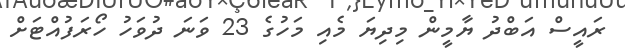
ރައީސް އަބްދު ޔާމީން މިދިޔަ މެއި މަހުގެ 23 ވަަނަ ދުވަހު ހޯރަފުއްޓަށް